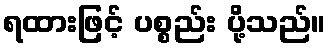
ရထားဖြင့် ပစ္စည်း ပို့သည်။